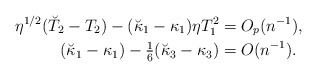
\begin{align*}\eta^{1/2}(\breve T_2-T_2)-(\breve \kappa_1-\kappa_1)\eta T_1^2&=O_p(n^{-1}),\\(\breve \kappa_1-\kappa_1)-{\textstyle{1\over 6}}(\breve \kappa_3-\kappa_3)&=O(n^{-1}).\end{align*}